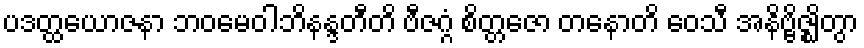
ပဒတ္ထယောဇနာ ဘဝမေဝါဘိနန္ဒတီတိ ဗီဇဂ္ဂံ စိတ္တဇော တနောတိ ဝေသီ အနိဗ္ဗိဇ္ဈိတွာ